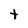
Character: t